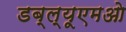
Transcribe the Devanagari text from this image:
डब्ल्यूएमओ